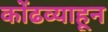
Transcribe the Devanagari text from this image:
कोंढव्याहून